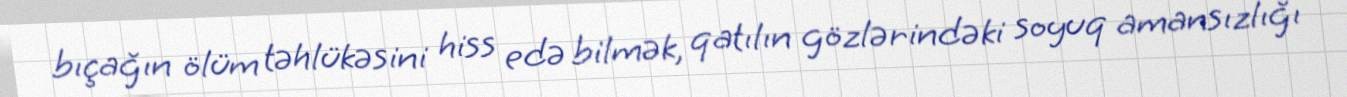
bıçağın ölüm təhlükəsini hiss edə bilmək, qatılın gözlərindəki soyuq amansızlığı